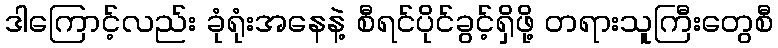
ဒါကြောင့်လည်း ခုံရုံးအနေနဲ့ စီရင်ပိုင်ခွင့်ရှိဖို့ တရားသူကြီးတွေစီ